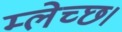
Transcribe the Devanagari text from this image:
म्लेच्छ।